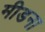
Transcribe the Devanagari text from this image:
मीडना